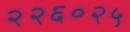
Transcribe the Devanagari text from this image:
२२६०२५